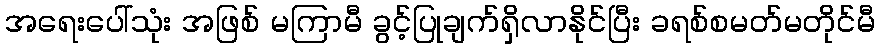
အရေးပေါ်သုံး အဖြစ် မကြာမီ ခွင့်ပြုချက်ရှိလာနိုင်ပြီး ခရစ်စမတ်မတိုင်မီ